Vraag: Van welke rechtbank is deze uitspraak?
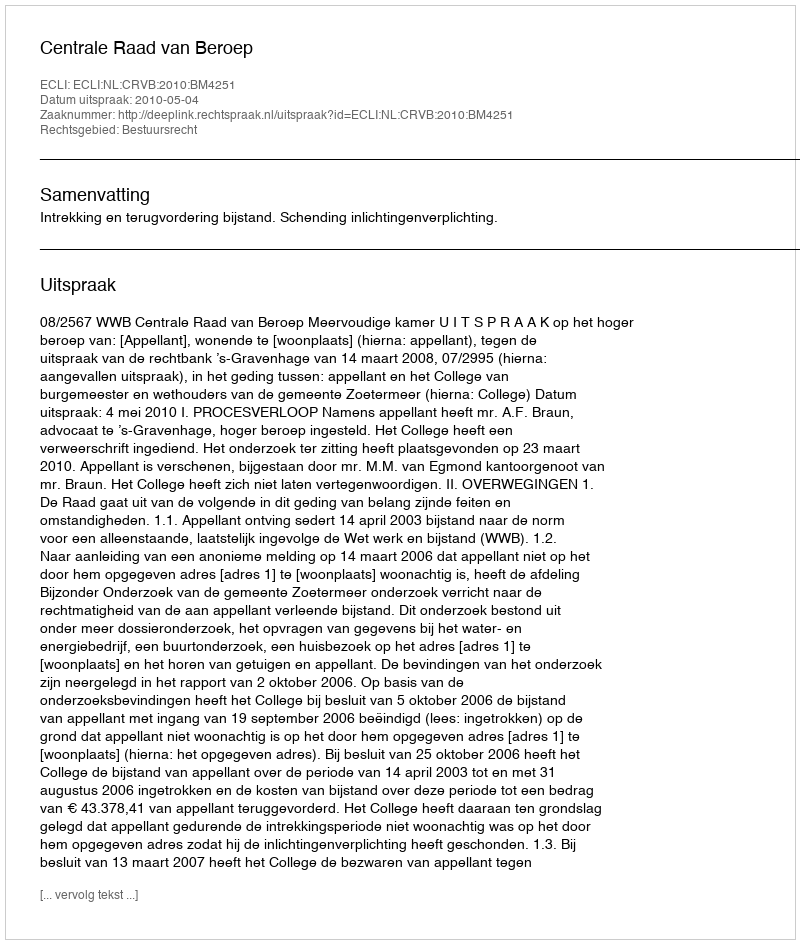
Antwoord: Centrale Raad van Beroep